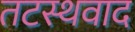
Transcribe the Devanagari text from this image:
तटस्थवाद